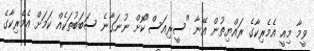
ވީމާ މިއީ އެމެރިކާގެ ރައްޔިތުން އޭނާ "ސީރިއަސް"ކޮށް ނުނަގާނެ ސަބަބުތަކެއް ކަމަށް އެމެރިކާގެ